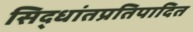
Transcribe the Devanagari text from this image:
सिद्धांतप्रतिपादित